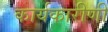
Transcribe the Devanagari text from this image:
कार्यकारीणी